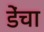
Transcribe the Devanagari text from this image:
डेंचा